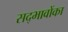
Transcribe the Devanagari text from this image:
सद्भावोंका